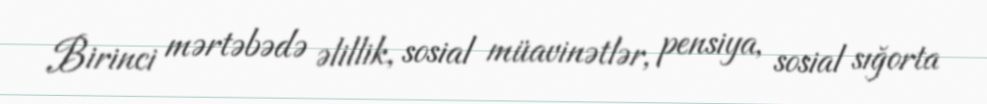
Birinci mərtəbədə əlillik, sosial müavinətlər, pensiya, sosial sığorta